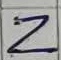
Text: Z